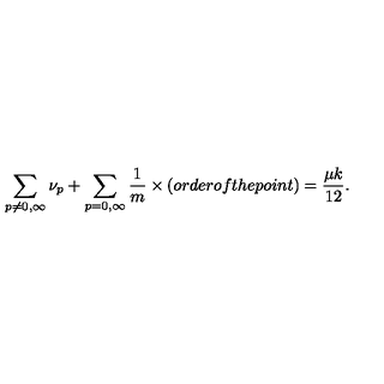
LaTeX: \sum _ { p \neq 0 , \infty } { \nu _ { p } } + \sum _ { p = 0 , \infty } \frac { 1 } { m } \times ( o r d e r o f t h e p o i n t ) = \frac { \mu k } { 1 2 } .